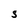
Character: S